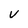
Character: v